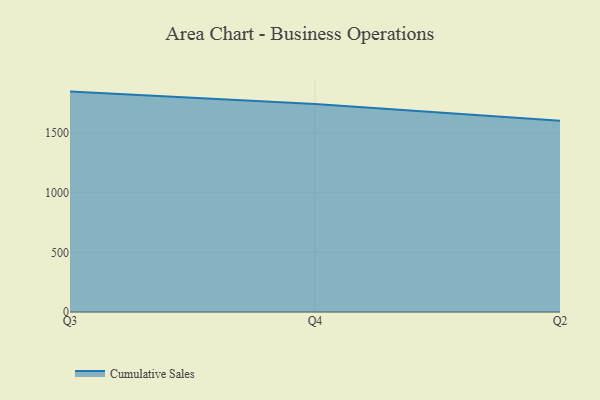
{"axis": {"x": "Quarter", "y": "Tickets Resolved"}, "legend": ["Cumulative Sales"], "data": [{"x": "Q3", "y": 1847.6, "type": "Cumulative Sales"}, {"x": "Q4", "y": 1744.2, "type": "Cumulative Sales"}, {"x": "Q2", "y": 1602.5, "type": "Cumulative Sales"}]}